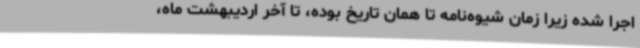
اجرا شده زیرا زمان شیوه‌نامه تا همان تاریخ بوده، تا آخر اردیبهشت ماه،